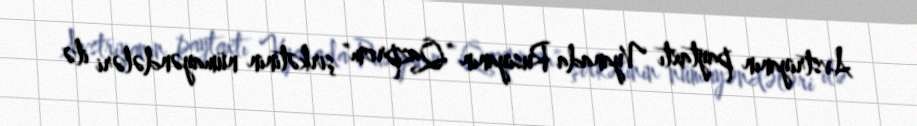
Avstriyanın paytaxtı Vyanada Rusiyanın "Qazprom" şirkətinin nümayəndələri ilə